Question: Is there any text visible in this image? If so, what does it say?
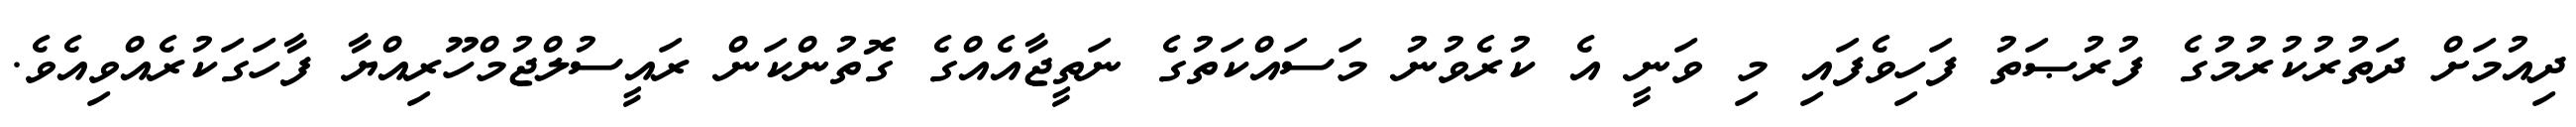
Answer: ދިއުމަށް ދަތުރުކުރުމުގެ ފުރުޞަތު ފަހިވެފައި މި ވަނީ އެ ކުރެވުނު މަސައްކަތުގެ ނަތީޖާއެއްގެ ގޮތުންކަން ރައީސުލްޖުމްހޫރިއްޔާ ފާހަގަކުރެއްވިއެވެ.